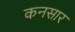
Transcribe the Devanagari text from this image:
कनसार